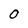
Character: 0